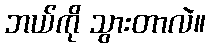
ဘယ်ကို သွားတာလဲ။